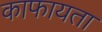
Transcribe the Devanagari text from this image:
काफायता